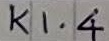
Text: K1.4